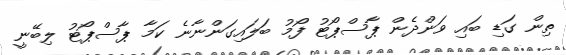
ތިން ގަޑި ބައި ވަންދެން ޕާސްޕޯޓު ފޯމު ބަލައިގަންނާނެ ކަމާ ޕާސްޕޯޓު ލިބޭނީ